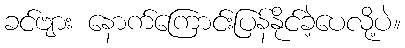
ခင်ဗျား နောက်ကြောင်းပြန်နိုင်ခဲ့ပေလို့ပဲ။